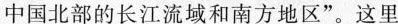
中国北部的长江流域和南方地区”。这里